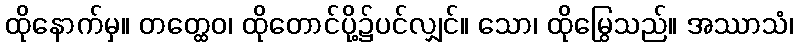
ထိုနောက်မှ။ တတ္ထေဝ၊ ထိုတောင်ပို့၌ပင်လျှင်။ သော၊ ထိုမြွေသည်။ အဿာသံ၊